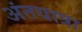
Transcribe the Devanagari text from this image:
अंतयात्रा